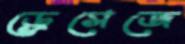
ড্রেসেজে